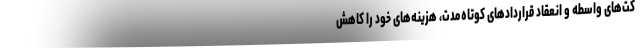
کت‌های واسطه و انعقاد قراردادهای کوتاه‌مدت، هزینه‌های خود را کاهش